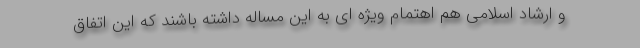
و ارشاد اسلامی هم اهتمام ویژه ای به این مساله داشته باشند که این اتفاق